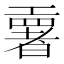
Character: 𫶳